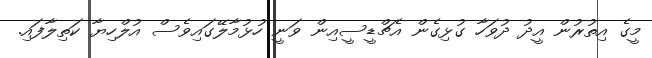
މީގެ އިތުރުން އީދު ދުވަހާ ގުޅިގެން އެޗްޑީސީއިން ވަނީ ހުޅުމާލޭގައިވެސް އުލްހިޔާ ކަތިލާފައި.